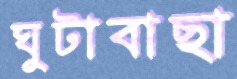
ঘুটাবাছা